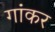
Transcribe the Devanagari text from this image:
गांकर